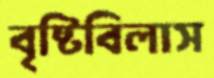
বৃষ্টিবিলাস